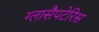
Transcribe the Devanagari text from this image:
ग्लासैपटेरिस